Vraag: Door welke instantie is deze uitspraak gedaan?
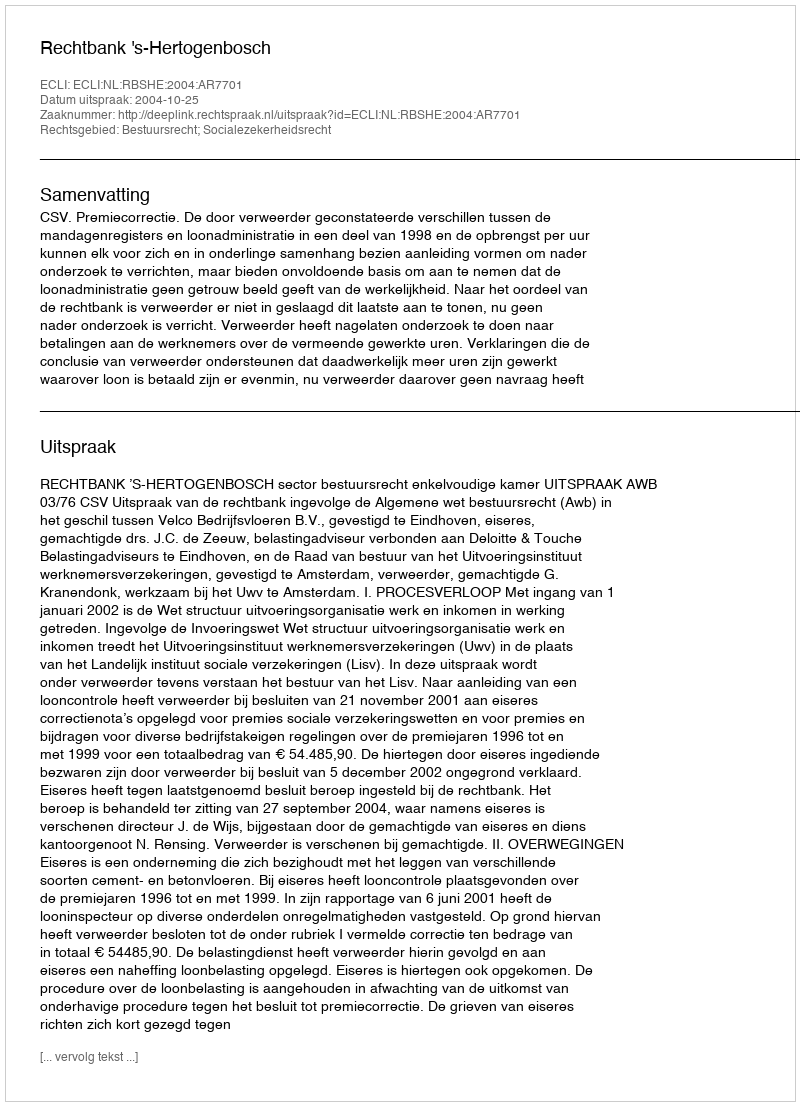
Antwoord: Rechtbank 's-Hertogenbosch